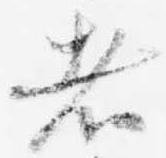
者